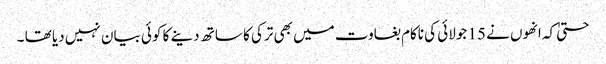
حتیٰ کہ انھوں نے 15 جولائی کی ناکام بغاوت میں بھی ترکی کا ساتھ دینے کا کوئی بیان نہیں دیا تھا ۔